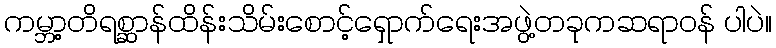
ကမ္ဘာ့တိရစ္ဆာန်ထိန်းသိမ်းစောင့်ရှောက်ရေးအဖွဲ့တခုကဆရာဝန် ပါပဲ။